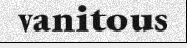
vanitous